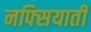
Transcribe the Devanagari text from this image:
नफ्सियाती